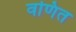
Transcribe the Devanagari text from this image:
वणित